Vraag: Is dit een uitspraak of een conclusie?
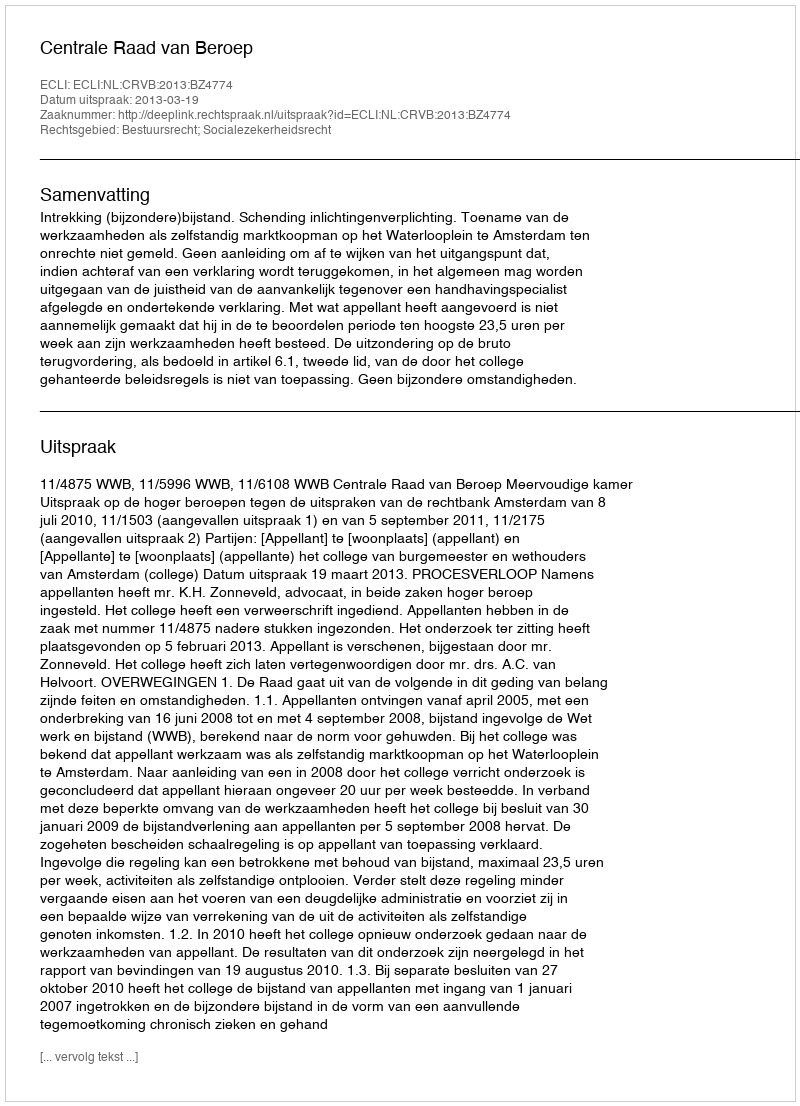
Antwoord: Uitspraak